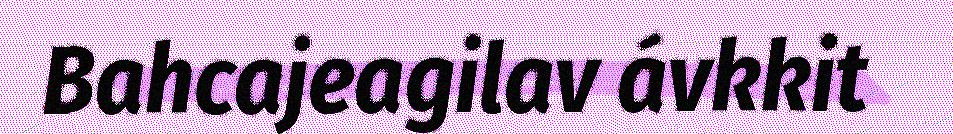
Bahcajeagilav ávkkit